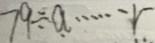
7 9 \div a \cdots r